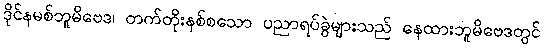
ဒိုင်နမစ်ဘူမိဗေဒ၊ တက်တိုးနစ်စသော ပညာရပ်ခွဲများသည် နေထားဘူမိဗေဒတွင်